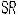
SR